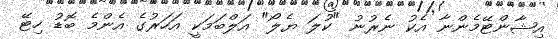
އިޝާންޓޭމެންނާ އެކު ނެރުނު "ކުލަ ޔެލޯ" އަލްބަމަކީ އަހަރުގެ އެންމެ ބޮޑު ހިޓޭ